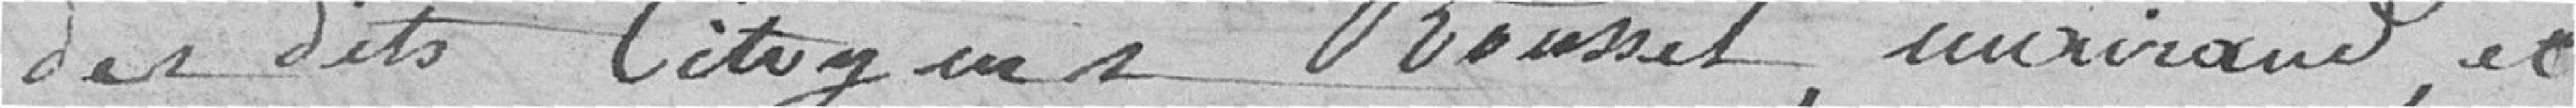
des dits citoyens Roussel, Mairand, et